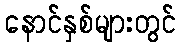
နောင်နှစ်များတွင်